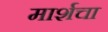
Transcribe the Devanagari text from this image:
मार्शचा